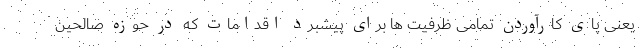
یعنی پای کارآوردن تمامی ظرفیت ها برای پیشبرد اقدامات که در حوزه صالحین